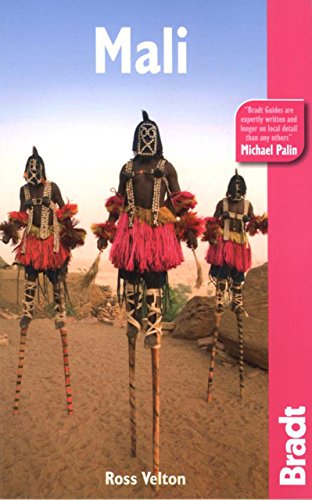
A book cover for Mali (Bradt Travel Guide); Ross Velton; Travel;